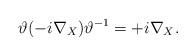
LaTeX: \begin{align*}\vartheta (-i \nabla_X) \vartheta^{-1}=+ i \nabla_X. \end{align*}